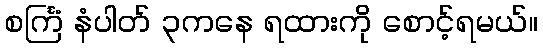
စင်္ကြံ နံပါတ် ၃ကနေ ရထားကို စောင့်ရမယ်။